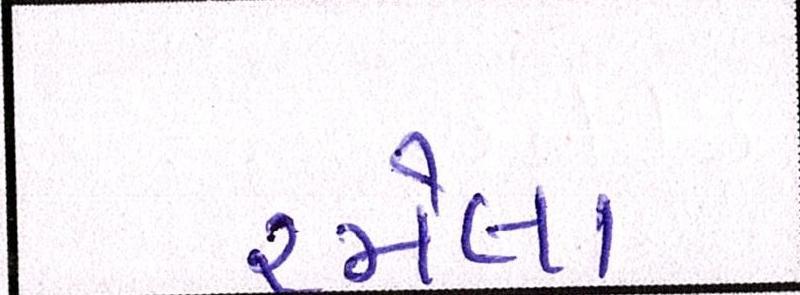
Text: રમેલા